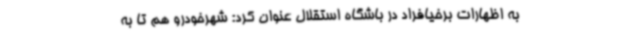
به اظهارات برخیافراد در باشگاه استقلال عنوان کرد: شهرخودرو هم تا به